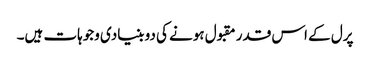
پرل کے اس قدر مقبول ہونے کی دو بنیادی وجوہات ہیں۔